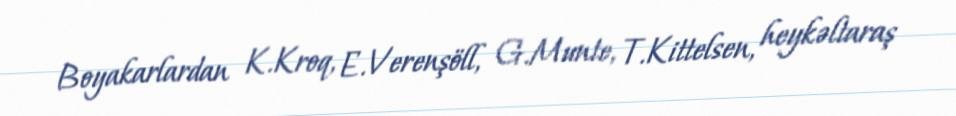
Boyakarlardan K.Kroq, E.Verenşöll, G.Munte, T.Kittelsen, heykəltaraş